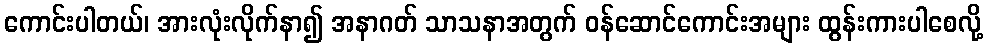
ကောင်းပါတယ်၊ အားလုံးလိုက်နာ၍ အနာဂတ် သာသနာအတွက် ဝန်ဆောင်ကောင်းအများ ထွန်းကားပါစေလို့